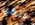
ننقل